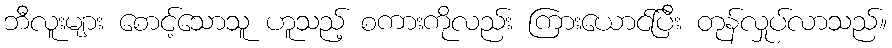
ဘီလူးများ စောင့်သောသူ ဟူသည့် စကားကိုလည်း ကြားယောင်ပြီး တုန်လှုပ်လာသည်။